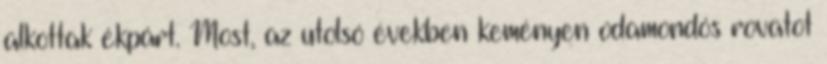
alkottak ékpárt. Most, az utolsó években keményen odamondós rovatot